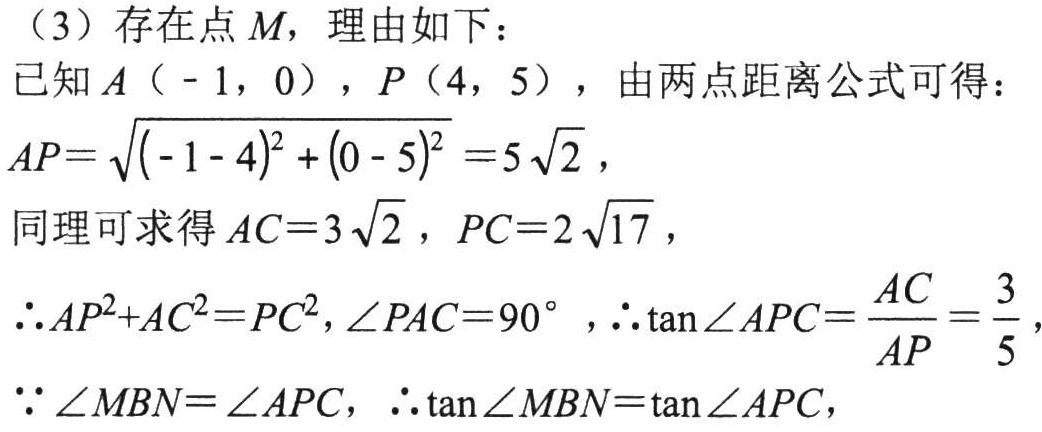
（3）存在点 \(M\)，理由如下：
已知 \(A（ - 1,0）\)，\(P（4,5）\)，由两点距离公式可得：
\(AP = \sqrt{(-1 - 4)^{2}+(0 - 5)^{2}}=5\sqrt{2}\)，
同理可求得 \(AC = 3\sqrt{2}\)，\(PC = 2\sqrt{17}\)，
\(\therefore AP^{2}+AC^{2}=PC^{2},\angle PAC = 90^{\circ}\)，\(\therefore \tan\angle APC=\dfrac{AC}{AP}=\dfrac{3}{5}\)，
\(\because\angle MBN=\angle APC\)，\(\therefore\tan\angle MBN=\tan\angle APC\)，